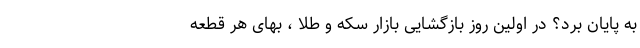
به پایان برد؟ در اولین روز بازگشایی بازار سکه و طلا ، بهای هر قطعه